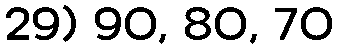
29) 90, 80, 70